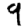
Digit: 9